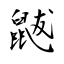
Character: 鼥